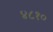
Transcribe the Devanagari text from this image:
४८१०